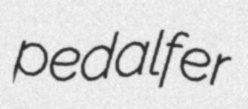
pedalfer